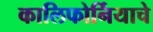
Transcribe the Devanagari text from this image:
कालिफोर्नियाचे